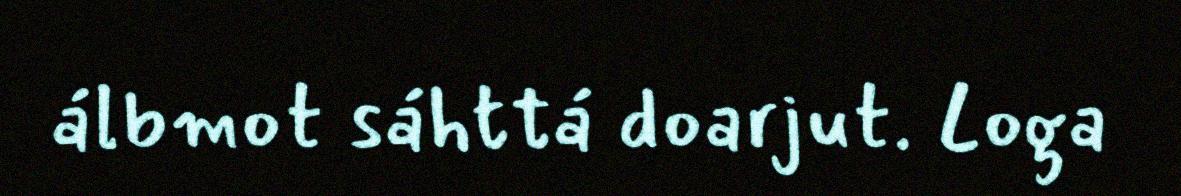
álbmot sáhttá doarjut. Loga